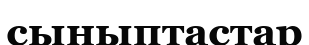
сыныптастар